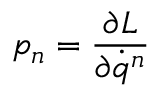
p _ { n } = \frac { \partial L } { \partial \dot { q } ^ { n } }